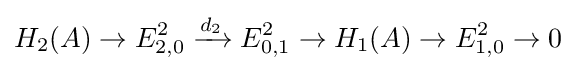
H_{2}(A)\to E_{2,0}^{2}\xrightarrow {d_{2}} E_{0,1}^{2}\to H_{1}(A)\to E_{1,0}^{2}\to 0